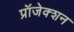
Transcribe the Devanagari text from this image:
प्रॉजेक्शन